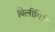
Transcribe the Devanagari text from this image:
बिलीगिरि